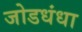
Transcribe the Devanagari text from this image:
जोडधंधा